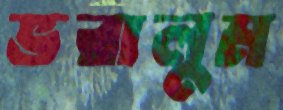
ভরালুম